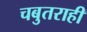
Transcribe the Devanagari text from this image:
चबुतराही